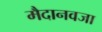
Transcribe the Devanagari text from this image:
मैदानवजा